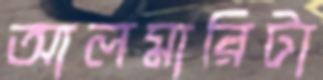
আলমারিটা